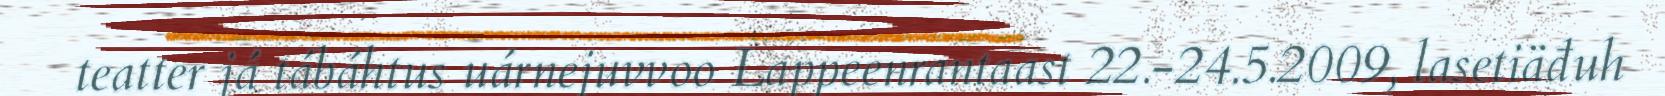
teatter já tábáhtus uárnejuvvoo Lappeenrantaast 22.-24.5.2009, lasetiäđuh